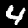
Label: 4